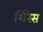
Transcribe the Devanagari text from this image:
शिरेस